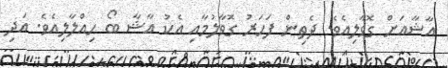
އާޝާއަށް ގޮވާލިއެވެ. ދެތިން ފަހަރު ގޮވާލުމާއި އެކު އާޝާ ބޯ ހިއްލާލިއެވެ. އަދި